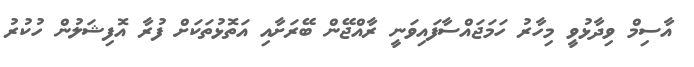
އާސިމް ވިދާޅުވީ މިހާރު ހަމަޖައްސާފައިވަނީ ރާއްޖޭން ބޭރަށާއި އަތޮޅުތަކަށް ފުރާ އޮފިޝަލުން ހުކުރު